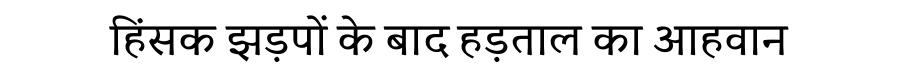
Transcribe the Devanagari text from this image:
हिंसक झड़पों के बाद हड़ताल का आहवान